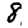
Digit: 8